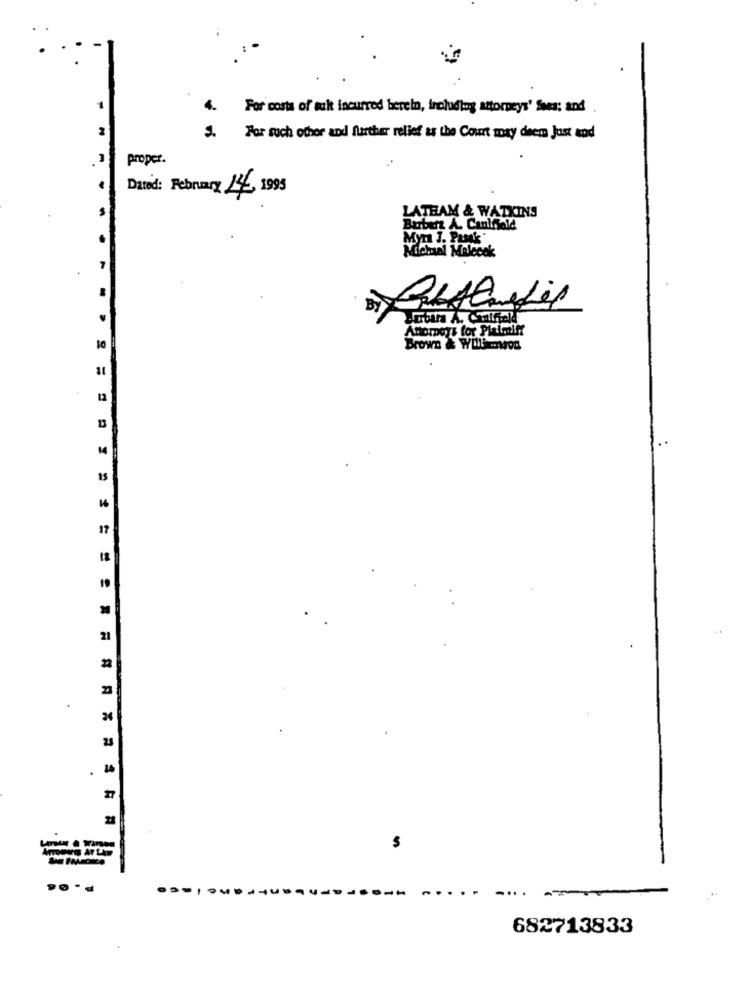
4.
For costs of muk incurred berei, ireluding attorneys' Sses; and
For such other and further relief as the Court may deem Just and
proper.
Date: February 14, 1995
LATHAM & WATKINS
Buber A. Canlfield
Myr J. Pasak*
Michsal Molecek
Attorneys for Plaimift
10
Brown & Williamson
12
14
17
21
22
.
28
. . . = = = = = = = = = = = = . . . . .. .
........
us
682713833